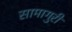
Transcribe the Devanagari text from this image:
सामागुरी